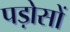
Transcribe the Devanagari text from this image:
पड़ोसों